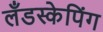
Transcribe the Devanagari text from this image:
लँडस्केपिंग